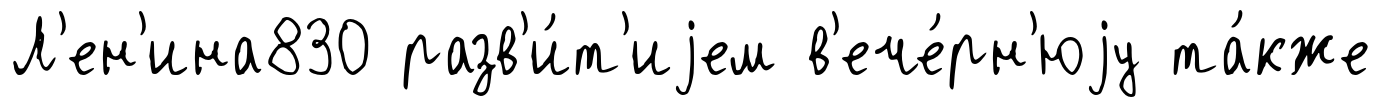
Л'ен'ина830 разв'и́т'иjем в'ече́рн'юjу та́кже